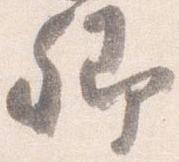
卿